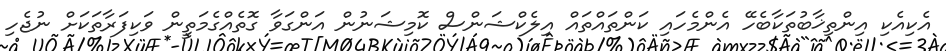
އެކިއެކި އިންތިޚާބުތަކާބެހޭ އެންމެހައި ކަންތައްތައް އިލެކްޝަންސް ކޮމިޝަނުން އަންގަވާ ގޮތެއްގެމަތީން ވަކިފަރާތަކަށް ނުޖެހި